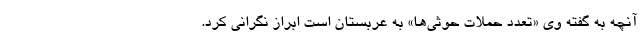
آنچه به گفته وی «تعدد حملات حوثی‌ها» به عربستان است ابراز نگرانی کرد.